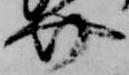
介